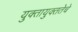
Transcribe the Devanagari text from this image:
युक्तायुक्ततेचे